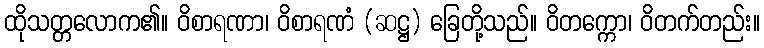
ထိုသတ္တလောက၏။ ဝိစာရဏာ၊ ဝိစာရဏံ (ဆဋ္ဌ) ခြေတို့သည်။ ဝိတက္ကော၊ ဝိတက်တည်း။